Report on malaria in the Punjab during the year ...  together with an account of the work of the Punjab Malaria Bureau - Volume 1
Disease focus: Malaria
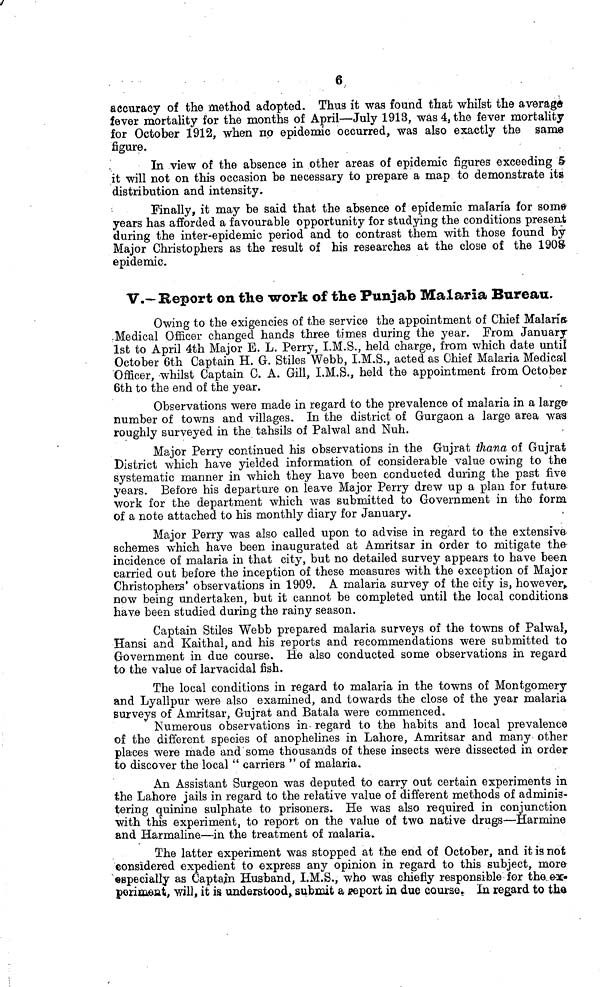
6
accuracy of the method adopted. Thus it was found that whilst the average
fever mortality for the months of April—July 1913, was 4, the fever mortality
for October 1912, when no epidemic occurred, was also exactly the same
figure.
In view of the absence in other areas of epidemic figures exceeding 5
it will not on this occasion be necessary to prepare a map to demonstrate its
distribution and intensity.
Finally, it may be said that the absence of epidemic malaria for some
years has afforded a favourable opportunity for studying the conditions present
during the inter-epidemic period and to contrast them with those found by
Major Christophers as the result of his researches at the close of the 1908
epidemic.
V.—Report on the work of the Punjab Malaria Bureau.
Owing to the exigencies of the service the appointment of Chief Malaria
Medical Officer changed hands three times during the year. From January
1st to April 4th Major E. L. Perry, I.M.S., held charge, from which date until
October 6th Captain H. G. Stiles Webb, I.M.S., acted as Chief Malaria Medical
Officer, whilst Captain C. A. Gill, I.M.S., held the appointment from October
6th to the end of the year.
Observations were made in regard to the prevalence of malaria in a large
number of towns and villages. In the district of Gurgaon a large area was
roughly surveyed in the tahsils of Palwal and Nuh.
Major Perry continued his observations in the Gujrat thana of Gujrat
District which have yielded information of considerable value owing to the
systematic manner in which they have been conducted during the past five
years. Before his departure on leave Major Perry drew up a plan for future-
work for the department which was submitted to Government in the form
of a note attached to his monthly diary for January.
Major Perry was also called upon to advise in regard to the extensive
schemes which have been inaugurated at Amritsar in order to mitigate the
incidence of malaria in that city, but no detailed survey appears to have been
carried out before the inception of these measures with the exception of Major
Christophers' observations in 1909. A malaria survey of the city is, however,
now being undertaken, but it cannot be completed until the local conditions
have been studied during the rainy season.
Captain Stiles Webb prepared malaria surveys of the towns of Palwal,
Hansi and Kaithal, and his reports and recommendations were submitted to
Government in due course. He also conducted some observations in regard
to the value of larvacidal fish.
The local conditions in regard to malaria in the towns of Montgomery
and Lyallpur were also examined, and towards the close of the year malaria
surveys of Amritsar, Gujrat and Batala were commenced.
Numerous observations in- regard to the habits and local prevalence
of the different species of anophelines in Lahore, Amritsar and many other
places were made and some thousands of these insects were dissected in order
to discover the local " carriers " of malaria.
An Assistant Surgeon was deputed to carry out certain experiments in
the Lahore jails in regard to the relative value of different methods of adminis-
tering quinine sulphate to prisoners. He was also required in conjunction
with this experiment, to report on the value of two native drugs—Harmine
and Harmaline—in the treatment of malaria.
The latter experiment was stopped at the end of October, and it is not
considered expedient to express any opinion in regard to this subject, more
especially as Captain Husband, I.M.S., who was chiefly responsible for the. ex-
periment, will, it is understood, submit a report in due course. In regard to the